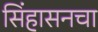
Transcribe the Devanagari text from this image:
सिंहासनचा